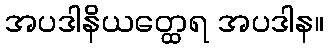
အပဒါနိယတ္ထေရ အပဒါန။